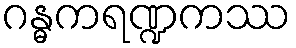
ဂန္ဓကရဏ္ဍကဿ